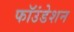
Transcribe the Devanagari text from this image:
फॉउंडेशन